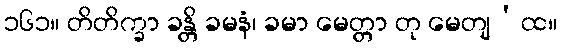
၁၆၁။ တိတိက္ခာ ခန္တိ ခမနံ၊ ခမာ မေတ္တာ တု မေတျ’ထ။